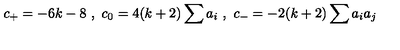
c _ { + } = - 6 k - 8 \ , \ c _ { 0 } = 4 ( k + 2 ) \sum a _ { i } \ , \ c _ { - } = - 2 ( k + 2 ) \sum a _ { i } a _ { j }